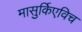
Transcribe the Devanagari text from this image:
मासुर्किएविच